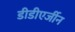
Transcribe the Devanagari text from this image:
डीडीएर्जीन